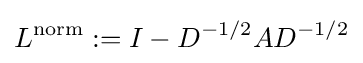
L^{\text{norm}}:=I-D^{-1/2}AD^{-1/2}